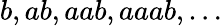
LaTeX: b,ab,aab,aaab,\ldots